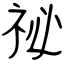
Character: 祕